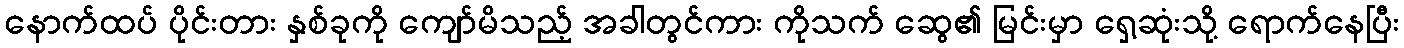
နောက်ထပ် ပိုင်းတား နှစ်ခုကို ကျော်မိသည့် အခါတွင်ကား ကိုသက် ဆွေ၏ မြင်းမှာ ရှေ့ဆုံးသို့ ရောက်နေပြီး